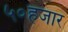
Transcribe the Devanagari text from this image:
५०हजार